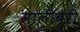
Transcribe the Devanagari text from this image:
सालीबेरी